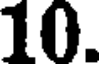
10.